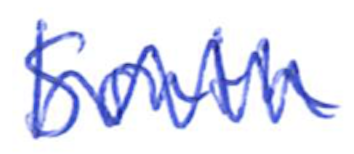
Text: South
Cross-out: zig-zag
Writing tool: ballpoint